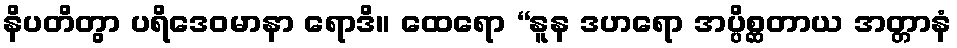
နိပတိတွာ ပရိဒေဝမာနာ ရောဒိ။ ထေရော “နူန ဒဟရော အပ္ပိစ္ဆတာယ အတ္တာနံ